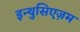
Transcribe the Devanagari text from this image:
इन्थुसिएज़म